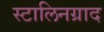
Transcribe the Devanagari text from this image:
स्टालिनग्राद